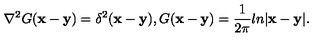
\nabla ^ { 2 } G ( { \bf x } - { \bf y } ) = \delta ^ { 2 } ( { \bf x } - { \bf y } ) , G ( { \bf x } - { \bf y } ) = \frac { 1 } { 2 \pi } l n | { \bf x } - { \bf y } | .